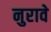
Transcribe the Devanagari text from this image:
नुरावे